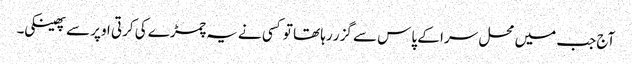
آج جب میں محل سرا کے پاس سے گزر رہا تھا تو کسی نے یہ چمڑے کی کرتی اوپر سے پھینکی۔